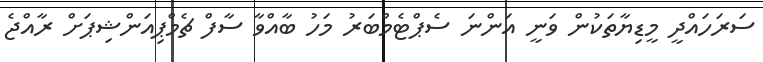
ސަރަހައްދީ މީޑިޔާތަކުން ވަނީ އަންނަ ސެޕްޓެމްބަރު މަހު ބާއްވާ ސާފް ޗެމްޕިއަންޝިޕަށް ރާއްޖެ